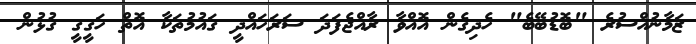
ޒަމާނުއްސުރެ "ބޮޑުބޭބެ" ހެދިގެން އޮއްވާ ރާއްޖެފަދަ ސަރަހައްދީ ގައުމުތަކާ އޮތް ހަގީގީ ގުޅުން